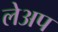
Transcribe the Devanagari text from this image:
लेअप